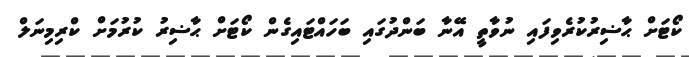
ކޯޓަށް ޙާޟިރުކުރެވިފައި ނުވާތީ އޭނާ ބަންދުގައި ބަހައްޓައިގެން ކޯޓަށް ޙާޟިރު ކުރުމަށް ކްރިމިނަލް